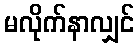
မလိုက်နာလျှင်